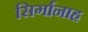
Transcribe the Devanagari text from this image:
सिर्गानाह